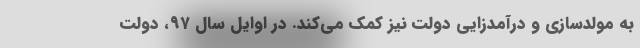
به مولدسازی و درآمدزایی دولت نیز کمک می‌کند. در اوایل سال ۹۷، دولت